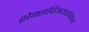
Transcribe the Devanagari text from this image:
शेक्सपिअयरवेड्या